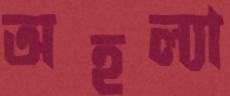
অহল্যা